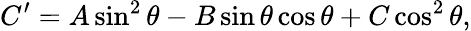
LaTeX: C^{\prime}=A\sin^{2}\theta-B\sin\theta\cos\theta+C\cos^{2}\theta,